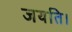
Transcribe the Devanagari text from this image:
जयति।